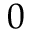
0